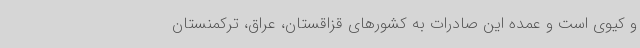
و کیوی است و عمده این صادرات به کشورهای قزاقستان، عراق، ترکمنستان